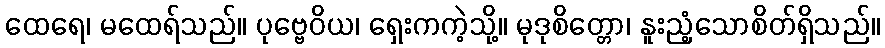
ထေရေ၊ မထေရ်သည်။ ပုဗ္ဗေဝိယ၊ ရှေးကကဲ့သို့။ မုဒုစိတ္တော၊ နူးညံ့သောစိတ်ရှိသည်။